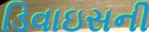
ડિવાઇસની